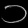
Digit: ၁